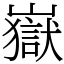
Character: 嶽